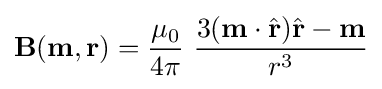
\mathbf {B} (\mathbf {m} ,\mathbf {r} )={\frac {\mu _{0}}{4\pi }}\ {\frac {3(\mathbf {m} \cdot {\hat {\mathbf {r} }}){\hat {\mathbf {r} }}-\mathbf {m} }{r^{3}}}